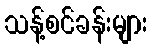
သန့်စင်ခန်းများ